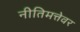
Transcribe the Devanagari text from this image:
नीतिमत्तेवर